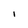
Character: i